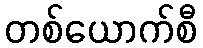
တစ်ယောက်စီ